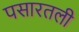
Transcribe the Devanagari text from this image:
पसारतली